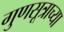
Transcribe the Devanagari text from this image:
गुणसूत्राच्या